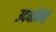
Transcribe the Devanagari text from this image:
उदयमियों